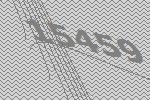
15459